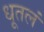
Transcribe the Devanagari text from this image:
धूतलं